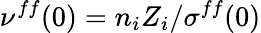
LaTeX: \nu^{ff}(0)=n_{i}Z_{i}/\sigma^{ff}(0)